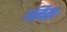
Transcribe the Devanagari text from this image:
गत्यिल